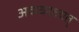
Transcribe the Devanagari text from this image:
अवाधरात्तात्